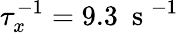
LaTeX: \tau_{x}^{-1}=9.3~\mathrm{~s~}^{-1}